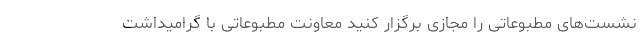
نشست‌های مطبوعاتی را مجازی برگزار کنید معاونت مطبوعاتی با گرامیداشت